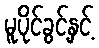
မူပိုင်ခွင့်နှင့်